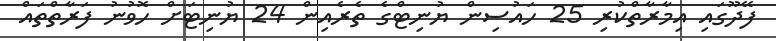
ފޭދޫގައި އިމާރާތްކުރި 25 ހައުސިން ޔުނިޓްގެ ތެރެއިން 24 ޔުނިޓަށް ހޮވުނު ފަރާތްތައް